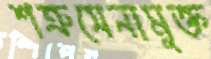
শত্রুসেনামুক্ত